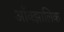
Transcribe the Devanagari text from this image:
आँक्झालिक